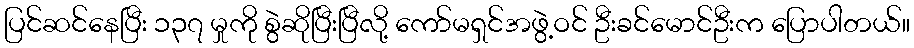
ပြင်ဆင်နေပြီး ၁၃၇ မှုကို စွဲဆိုပြီးပြီလို့ ကော်မရှင်အဖွဲ့ဝင် ဦးခင်မောင်ဦးက ပြောပါတယ်။